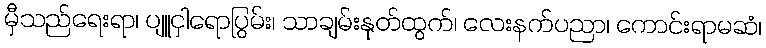
မှီသည်ရေးရာ၊ ပျူငှါရောပြွမ်း၊ သာချမ်းနုတ်ထွက်၊ လေးနက်ပညာ၊ ကောင်းရာမဆံ၊